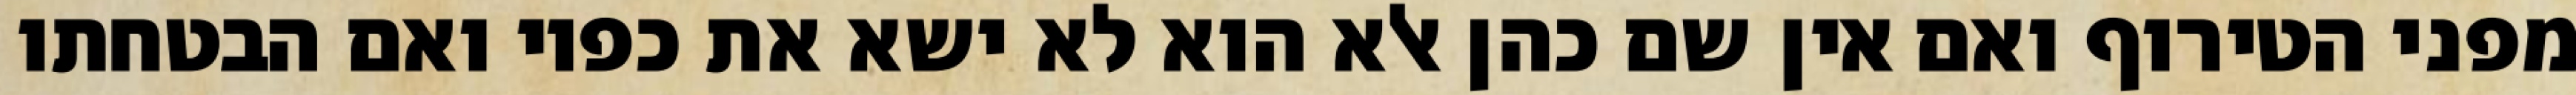
מפני הטירוף ואם אין שם כהן אלא הוא לא ישא את כפיו ואם הבטחתו